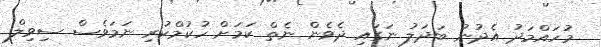
މުހައްމަދު އެދުނު ބަދަލު ނަގައި ދެވެން ނެތް ކަމަށް ހުކުމްކުރި ނަމަވެސް ސިވިލް